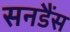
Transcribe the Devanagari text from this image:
सनडैंस